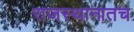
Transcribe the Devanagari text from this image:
राजस्थानातच